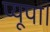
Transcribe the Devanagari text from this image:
प्यूपा।